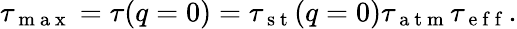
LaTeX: \tau_{\mathrm{~m~a~x~}}=\tau(q=0)=\tau_{\mathrm{~s~t~}}(q=0)\tau_{\mathrm{~a~t~m~}}\tau_{\mathrm{~e~f~f~}}.